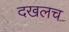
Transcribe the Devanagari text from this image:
दखलच